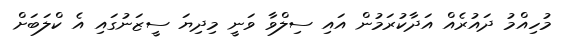
މުހިއްމު ދައުރެއް އަދާކުރަމުން އައި ސިލްވާ ވަނީ މިދިޔަ ސީޒަނުގައި އެ ކްލަބަށް